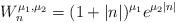
LaTeX: \begin{align*}W_n^{\mu_1, \mu_2} = (1+|n|)^{\mu_1} e^{\mu_2|n|}\end{align*}